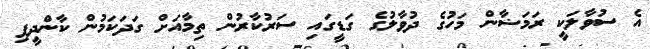
އެ ސުވާލަކީ ރަމަޟާން މަހުގެ ދުވާލުގެ ގަޑީގައި ސަރުކާރުން ތިމާއަށް ގަދަކަމުން ކާންދީފި